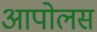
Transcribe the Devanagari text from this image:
आपोलस